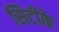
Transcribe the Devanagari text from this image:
सिटीके